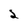
Character: 2